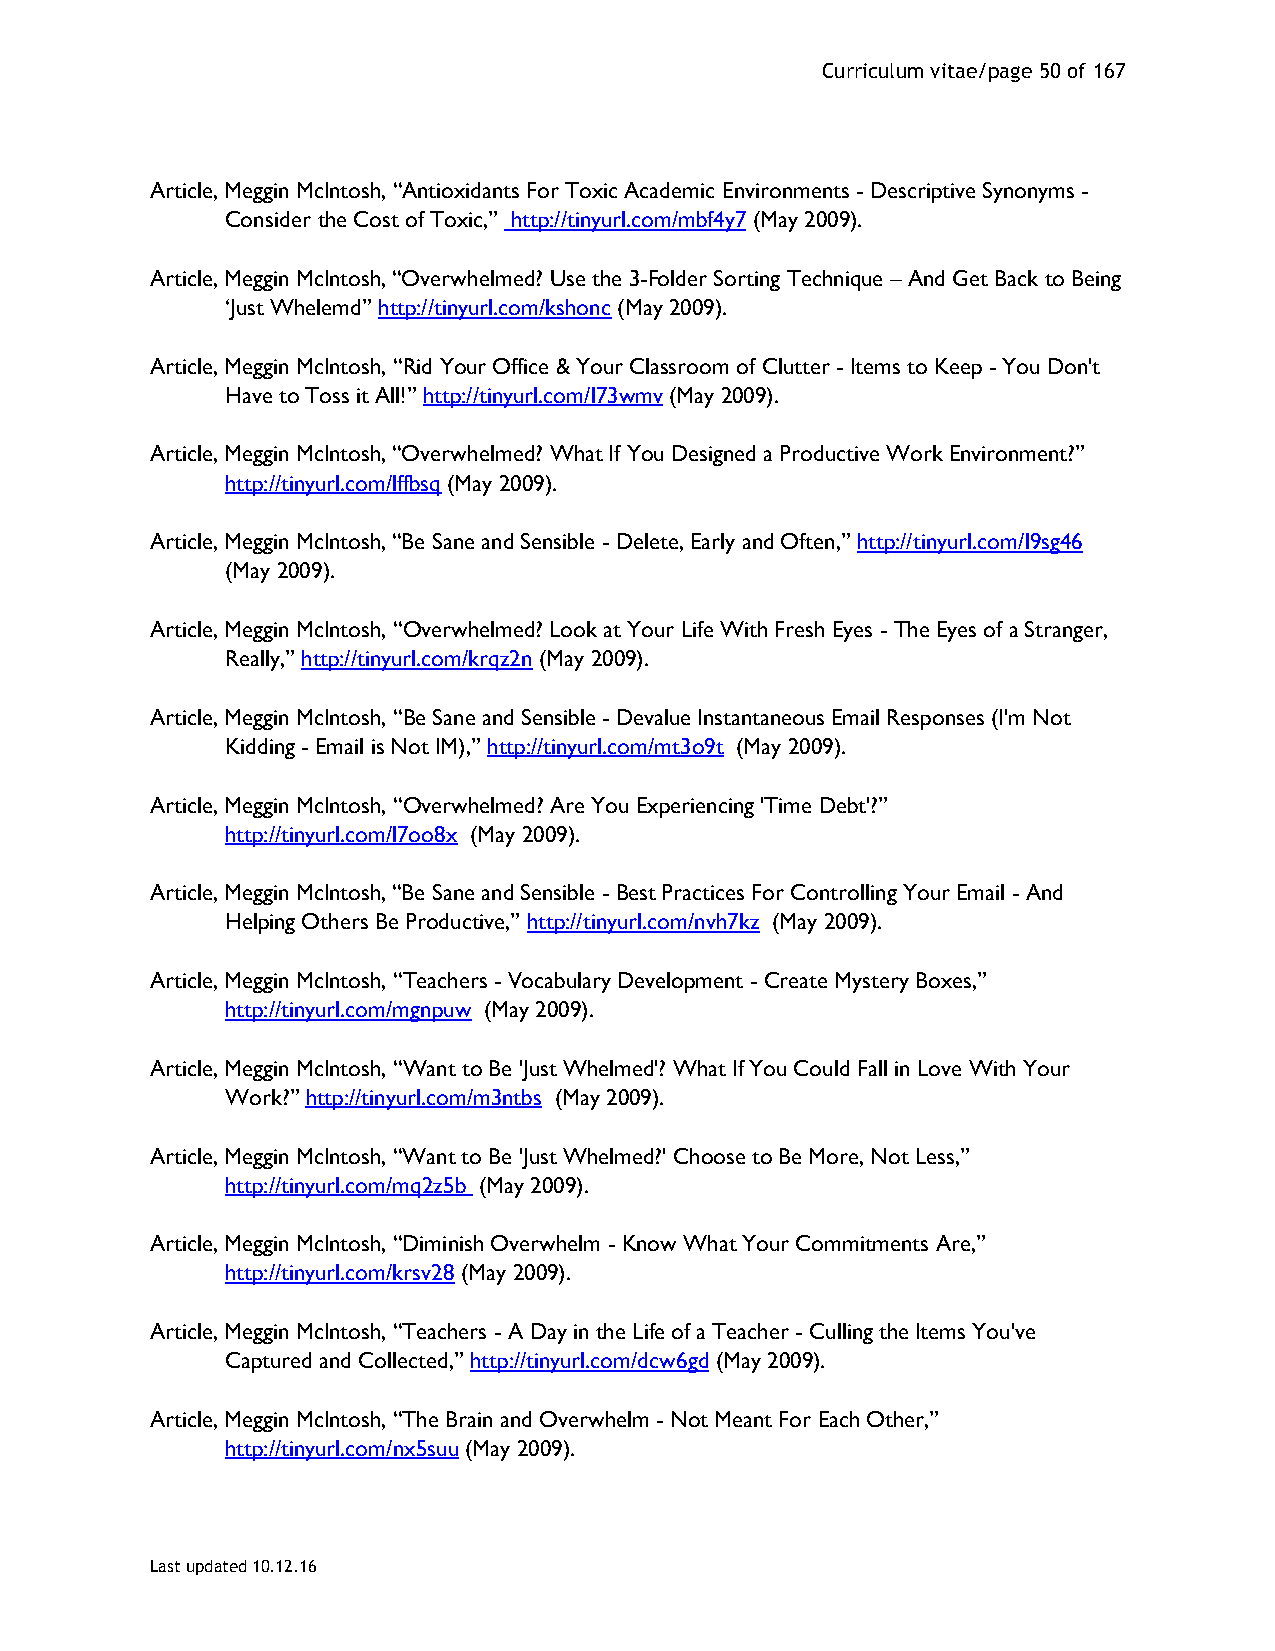
Curriculum vitae/page 50 of 167
 Article, Meggin McIntosh, “Antioxidants For Toxic Academic Environments - Descriptive Synonyms -
 Consider the Cost of Toxic,” http://tinyurl.com/mbf4y7 (May 2009).
 Article, Meggin McIntosh, “Overwhelmed? Use the 3-Folder Sorting Technique – And Get Back to Being
 ‘Just Whelemd” http://tinyurl.com/kshonc (May 2009).
 Article, Meggin McIntosh, “Rid Your Office & Your Classroom of Clutter - Items to Keep - You Don't
 Have to Toss it All!” http://tinyurl.com/l73wmv (May 2009).
 Article, Meggin McIntosh, “Overwhelmed? What If You Designed a Productive Work Environment?”
 http://tinyurl.com/lffbsq (May 2009).
 Article, Meggin McIntosh, “Be Sane and Sensible - Delete, Early and Often,” http://tinyurl.com/l9sg46
 (May 2009).
 Article, Meggin McIntosh, “Overwhelmed? Look at Your Life With Fresh Eyes - The Eyes of a Stranger,
 Really,” http://tinyurl.com/krqz2n (May 2009).
 Article, Meggin McIntosh, “Be Sane and Sensible - Devalue Instantaneous Email Responses (I'm Not
 Kidding - Email is Not IM),” http://tinyurl.com/mt3o9t (May 2009).
 Article, Meggin McIntosh, “Overwhelmed? Are You Experiencing 'Time Debt'?”
 http://tinyurl.com/l7oo8x (May 2009).
 Article, Meggin McIntosh, “Be Sane and Sensible - Best Practices For Controlling Your Email - And
 Helping Others Be Productive,” http://tinyurl.com/nvh7kz (May 2009).
 Article, Meggin McIntosh, “Teachers - Vocabulary Development - Create Mystery Boxes,”
 http://tinyurl.com/mgnpuw (May 2009).
 Article, Meggin McIntosh, “Want to Be 'Just Whelmed'? What If You Could Fall in Love With Your
 Work?” http://tinyurl.com/m3ntbs (May 2009).
 Article, Meggin McIntosh, “Want to Be 'Just Whelmed?' Choose to Be More, Not Less,”
 http://tinyurl.com/mq2z5b (May 2009).
 Article, Meggin McIntosh, “Diminish Overwhelm - Know What Your Commitments Are,”
 http://tinyurl.com/krsv28 (May 2009).
 Article, Meggin McIntosh, “Teachers - A Day in the Life of a Teacher - Culling the Items You've
 Captured and Collected,” http://tinyurl.com/dcw6gd (May 2009).
 Article, Meggin McIntosh, “The Brain and Overwhelm - Not Meant For Each Other,”
 http://tinyurl.com/nx5suu (May 2009).
 Last updated 10.12.16